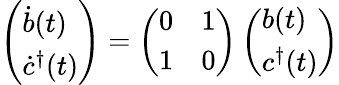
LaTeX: \left(\begin{array}{l}{{\dot{b}(t)}}\\ {{\dot{c}^{\dagger}(t)}}\end{array}\right)=\left(\begin{array}{ll}{{0}}&{{1}}\\ {{1}}&{{0}}\end{array}\right)\left(\begin{array}{l}{{b(t)}}\\ {{c^{\dagger}(t)}}\end{array}\right)